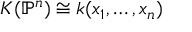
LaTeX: K ( \mathbb { P } ^ { n } ) \cong k ( x _ { 1 } , \ldots , x _ { n } )